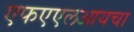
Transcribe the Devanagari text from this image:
एफएएलआयचा